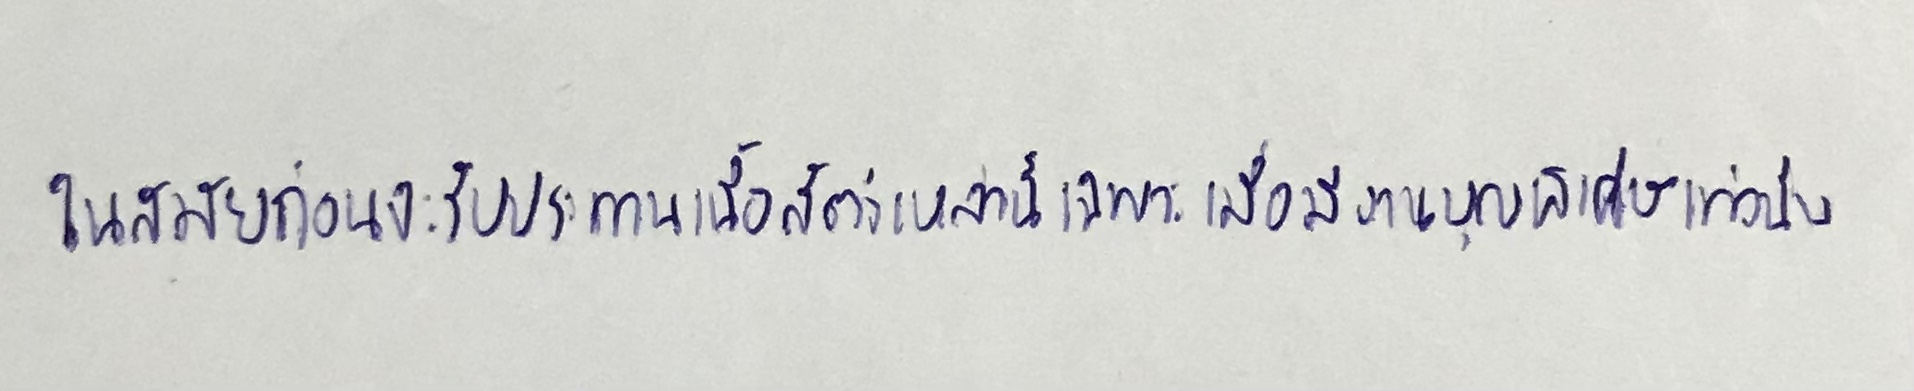
ในสมัยก่อนจะรับประทานเนื้อสัตว์เหล่านี้เฉพาะเมื่อมีงานบุญพิเศษเท่านั้น